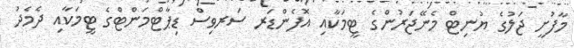
މާފުށީ ޖަލުގެ ޔުނިޓް މެނޭޖަރުންގެ ޓީމަކާއި އޮފެންޑަރ ސަރވިސް ޑިޕާޓްމަންޓްގެ ޓީމަކާއި ދެމެދު